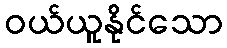
ဝယ်ယူနိုင်သော